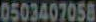
0503407058